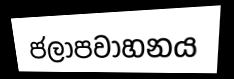
ජලාපවාහනය